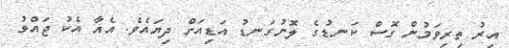
އިރު ތިރިވަމުން ގޮސް ކަނޑުގެ ލޮނުގަނޑު އަޑިއަށް ދިޔައެވެ. އެއާ އެކު ޖައްވު